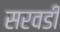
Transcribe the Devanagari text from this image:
सरवडी